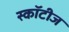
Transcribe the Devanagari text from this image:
स्कॉटीज